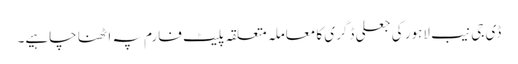
ڈی جی نیب لاہور کی جعلی ڈگری کا معاملہ متعلقہ پلیٹ فارم پہ اٹھنا چاہیے۔